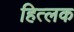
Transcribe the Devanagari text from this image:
हित्लक